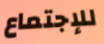
للإجتماع